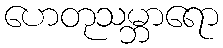
ဟေတုသမ္ဘာရော